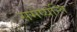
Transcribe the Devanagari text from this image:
समेष्यन्ति